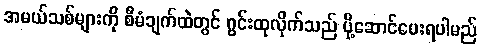
အမယ်သစ်များကို စီမံချက်ထဲတွင် ဂွင်းထုလိုက်သည် ပို့ဆောင်ပေးရပါမည်